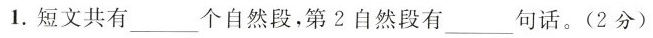
1.短文共有___个自然段，第2自然段有___句话。（2分）